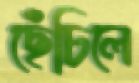
ছেঁচিলে